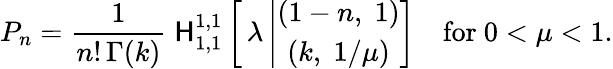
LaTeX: P_{n}=\frac{1}{n!\, \Gamma(k)}\; {\sf H}_{1,1}^{1,1}\left[\, \lambda\left|\begin{array}{c}{{(1-n,\; 1)}}\\ {{(k,\; 1/\mu)}}\end{array}\right]\right.\quad\mathrm{for~}0<\mu<1.